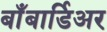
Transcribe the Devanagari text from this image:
बाँबार्डिअर